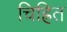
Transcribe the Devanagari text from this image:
चिह्रित